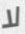
لا